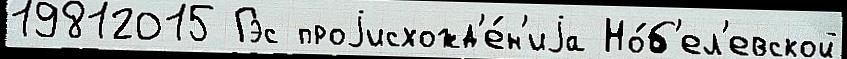
19812015 Гэс проjисхожд'е́н'иjа Но́б'ел'евской